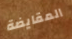
المقايضة